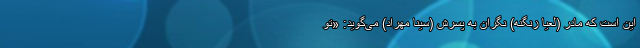
این است که مادر (لعیا زنگنه) نگران به پسرش (سینا مهراد) می‌گوید: «تو